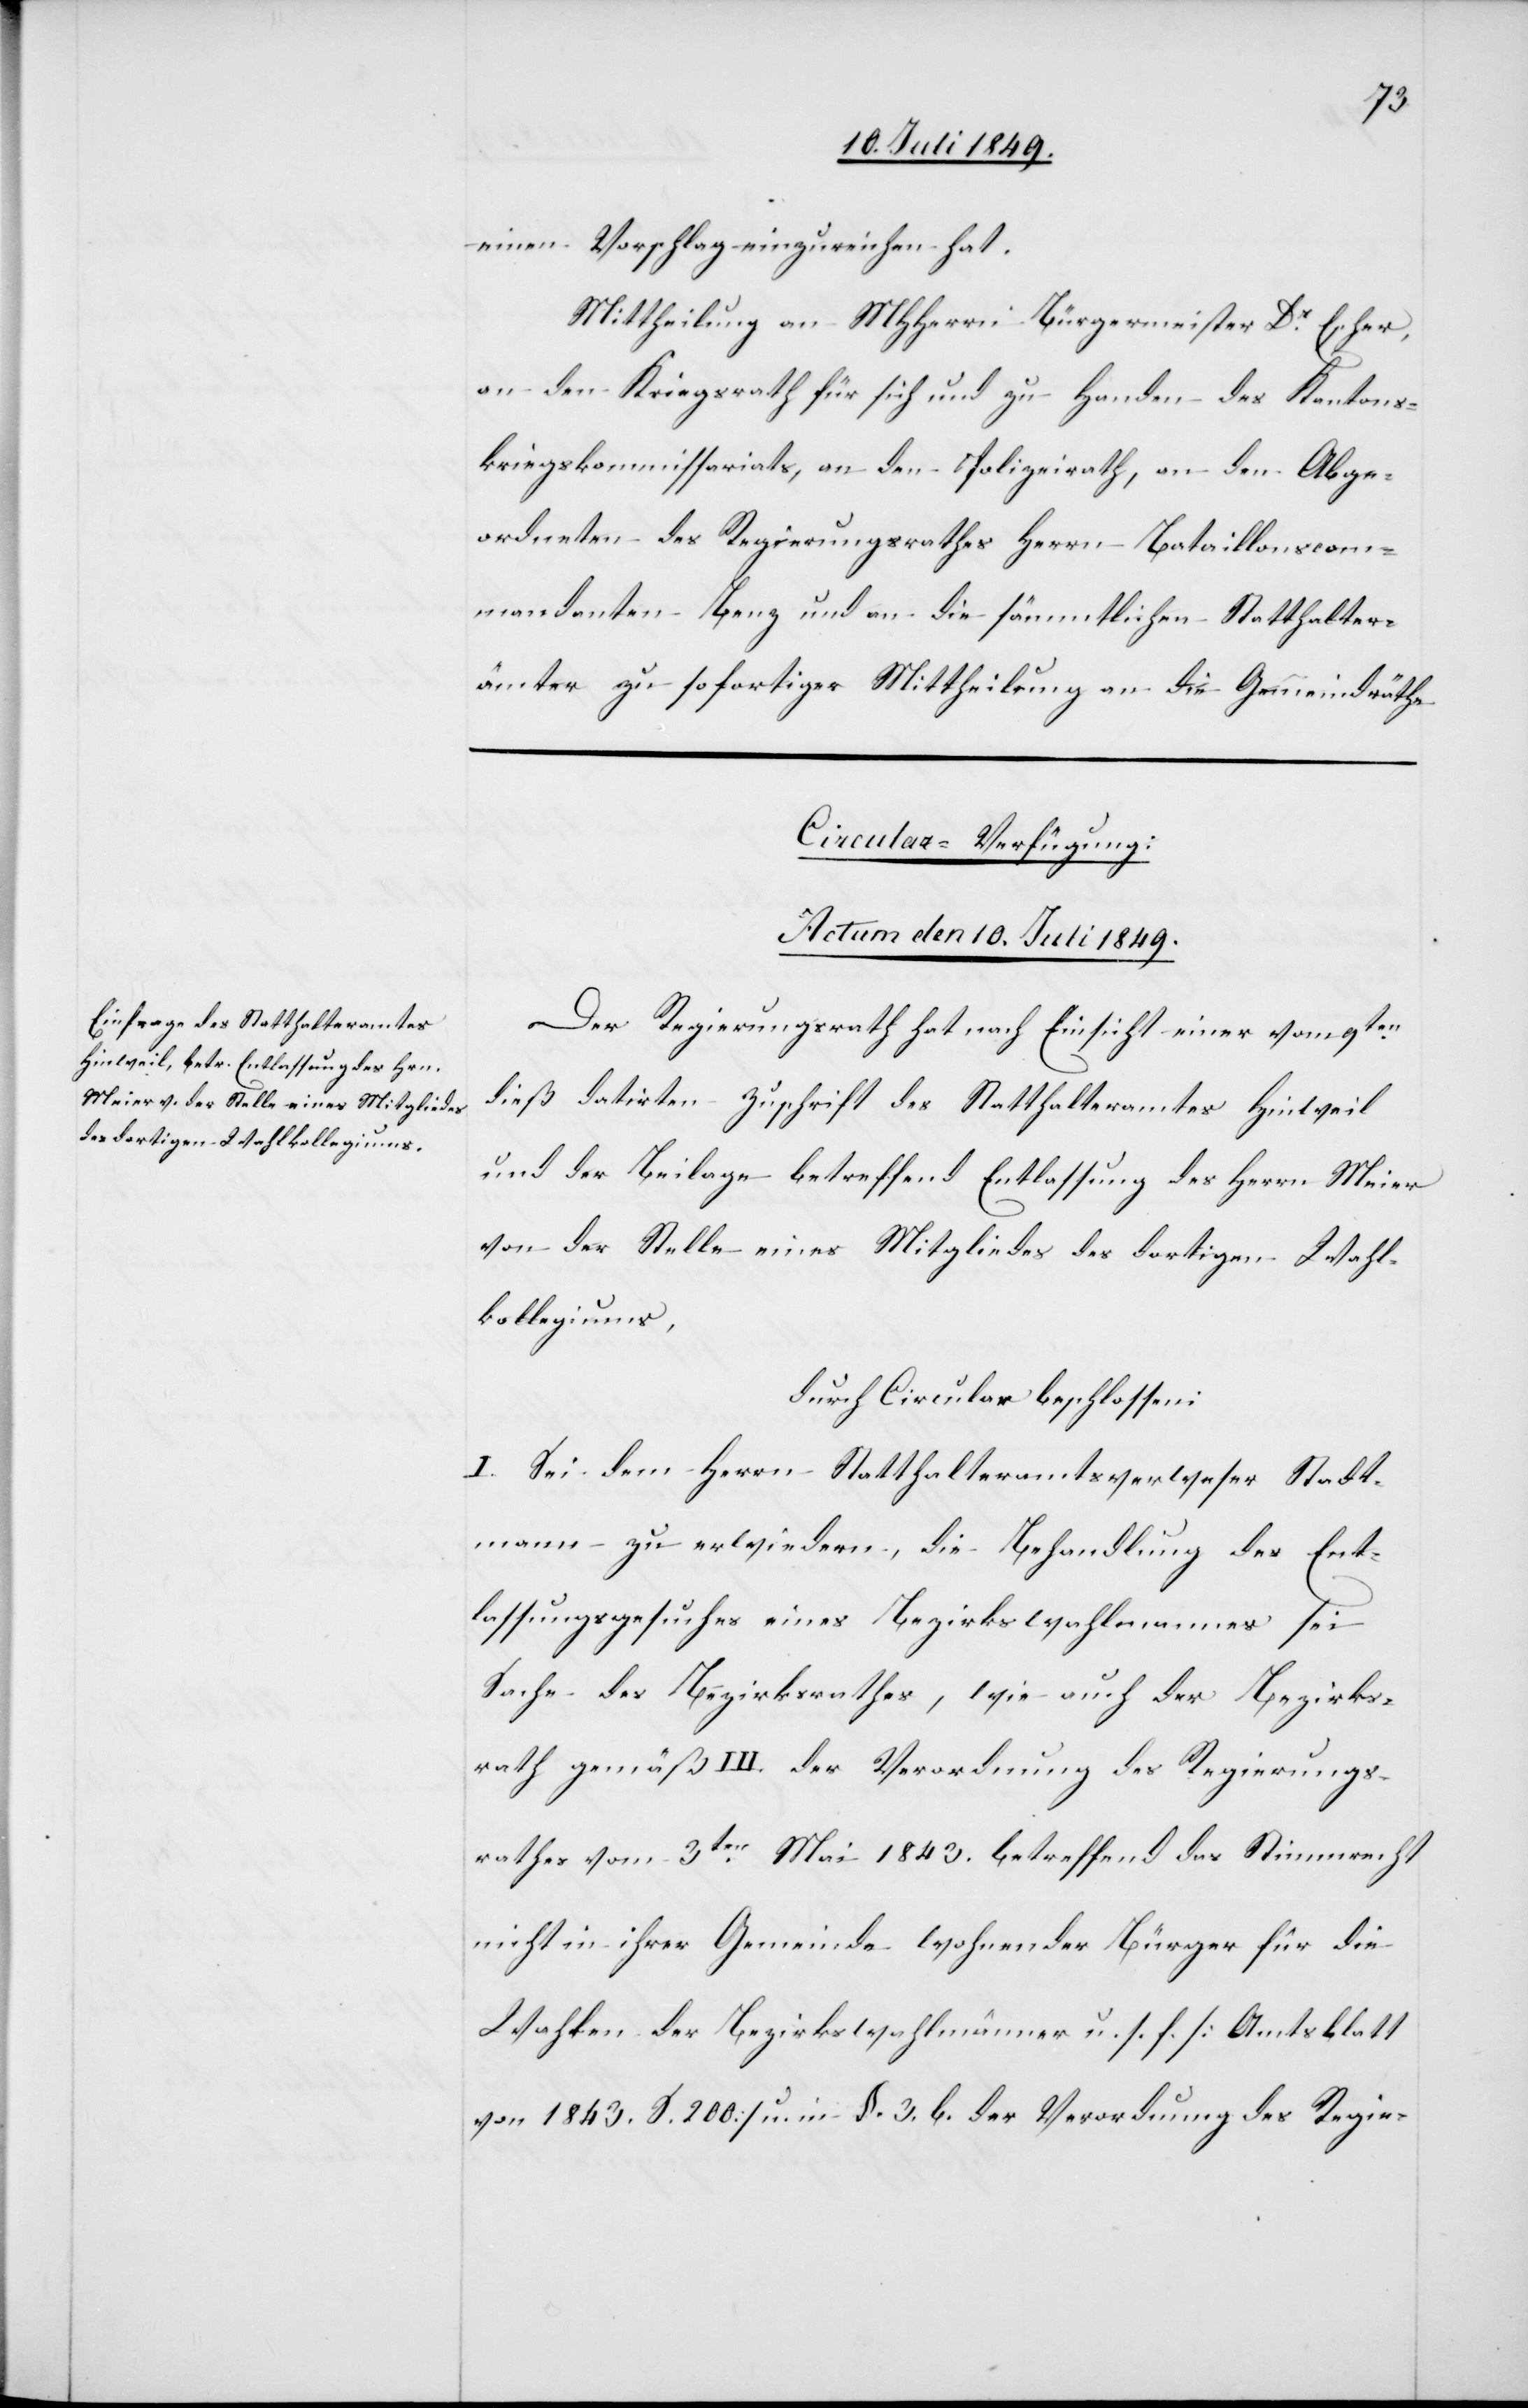
einen Vorschlag einzureichen hat.
Mittheilung an MHHerrn Bürgermeister Dr Escher,
an den Kriegsrath für sich und zu Handen des Kantons¬
kriegskommissariats, an den Polizeirath, an den Abge¬
ordneten des Regierungsrathes Herrn Bataillonscom¬
mandanten Benz und an die sämmtlichen Statthalter¬
ämter zu sofortiger Mittheilung an die Gemeindräthe.